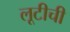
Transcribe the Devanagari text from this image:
लूटीची